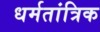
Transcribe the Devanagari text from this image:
धर्मतांत्रिक